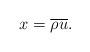
LaTeX: \begin{align*}x = {\overline \rho}{\overline u}.\end{align*}